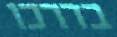
בדרכו